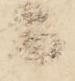
ニ